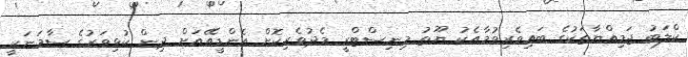
ކްލަބު ޖަމިއްޔާތަކުގެ ބައިވެރިވުމާއެކު ޔޫތު މިނިސްޓްރީ މެދުވެރިކޮށް އެންޑީއޭއަށް ދިން ކުޅިވަރުގެ ސާމަނަކީ